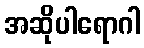
အဆိုပါရောဂါ